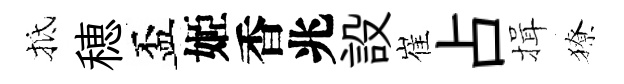
抵穂盃姬香兆設崔占揖獠